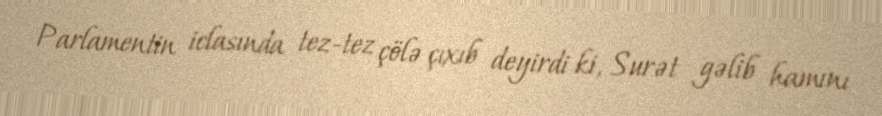
Parlamentin iclasında tez-tez çölə çıxıb deyirdi ki, Surət gəlib hamını